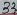
Text: 33